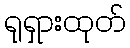
ရုရှားထုတ်